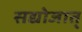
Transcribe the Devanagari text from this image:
सद्योजात्